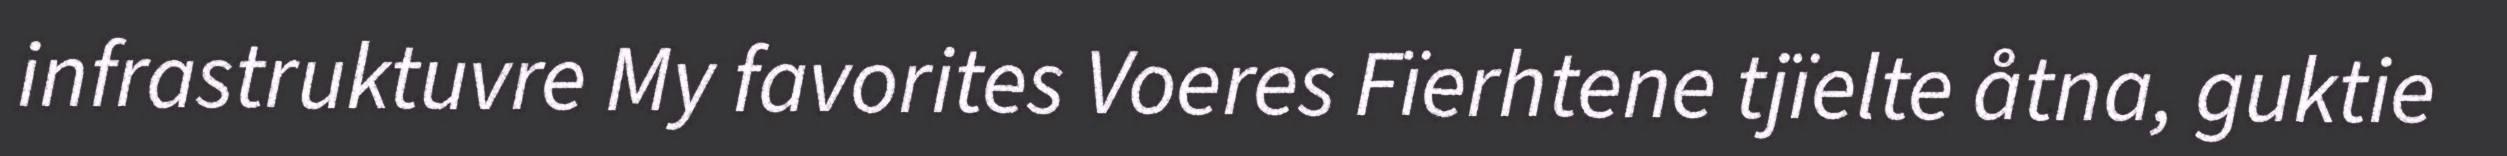
infrastruktuvre My favorites Voeres Fïerhtene tjïelte åtna, guktie